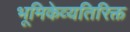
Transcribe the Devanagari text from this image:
भूमिकेव्यतिरिक्त